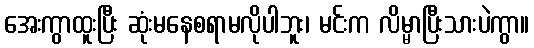
အေးကွာထူးပြီး ဆုံးမနေစရာမလိုပါဘူး၊ မင်းက လိမ္မာပြီးသားပဲကွာ။